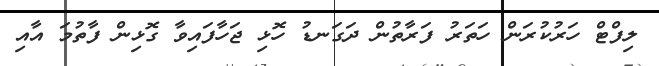
ލިފްޓް ހަރުކުރަން ހަތަރު ފަރާތުން ދަގަނޑު ހޮޅި ޖަހާފައިވާ ގޮޅިން ފާތުމަ އާއި